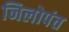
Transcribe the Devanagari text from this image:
निलोपंत